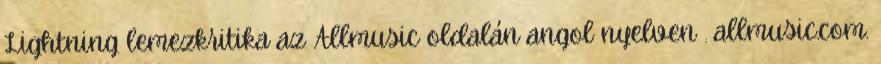
Lightning lemezkritika az Allmusic oldalán angol nyelven . allmusic.com.